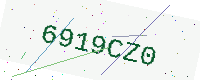
Text: 6919CZ0